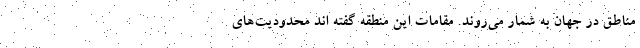
مناطق در جهان به شمار می‌روند. مقامات این منطقه گفته اند محدودیت‌های